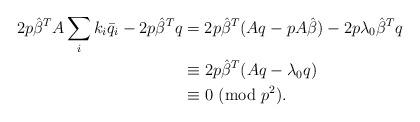
LaTeX: \begin{align*}2p\hat{\beta}^TA\sum_{i}k_i\bar{q}_i-2p\hat{\beta}^Tq &=2p\hat{\beta}^T(Aq-pA\hat{\beta})-2p\lambda_0\hat{\beta}^Tq\\&\equiv 2p\hat{\beta}^T(Aq-\lambda_0q)\\&\equiv 0~({\rm mod}~p^2).\end{align*}